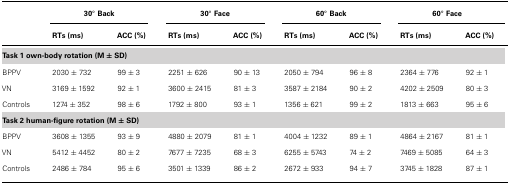
<table><thead><tr><td></td><td colspan="2"><b>30° Back</b></td><td colspan="2"><b>30° Face</b></td><td colspan="2"><b>60° Back</b></td><td colspan="2"><b>60° Face</b></td></tr><tr><td></td><td><b>RTs (ms)</b></td><td><b>ACC (%)</b></td><td><b>RTs (ms)</b></td><td><b>ACC (%)</b></td><td><b>RTs (ms)</b></td><td><b>ACC (%)</b></td><td><b>RTs (ms)</b></td><td><b>ACC (%)</b></td></tr></thead><tbody><tr><td><b>Task 1 own-body rotation (M ± SD)</b></td></tr><tr><td>BPPV</td><td>2030 ± 732</td><td>99 ± 3</td><td>2251 ± 626</td><td>90 ± 13</td><td>2050 ± 794</td><td>96 ± 8</td><td>2364 ± 776</td><td>92 ± 1</td></tr><tr><td>VN</td><td>3169 ± 1592</td><td>92 ± 1</td><td>3600 ± 2415</td><td>81 ± 3</td><td>3587 ± 2184</td><td>90 ± 2</td><td>4202 ± 2509</td><td>80 ± 3</td></tr><tr><td>Controls</td><td>1274 ± 352</td><td>98 ± 6</td><td>1792 ± 800</td><td>93 ± 1</td><td>1356 ± 621</td><td>99 ± 2</td><td>1813 ± 663</td><td>95 ± 6</td></tr><tr><td><b>Task 2 human-figure rotation (M ± SD)</b></td></tr><tr><td>BPPV</td><td>3608 ± 1355</td><td>93 ± 9</td><td>4880 ± 2079</td><td>81 ± 1</td><td>4004 ± 1232</td><td>89 ± 1</td><td>4864 ± 2167</td><td>81 ± 1</td></tr><tr><td>VN</td><td>5412 ± 4452</td><td>80 ± 2</td><td>7677 ± 7235</td><td>68 ± 3</td><td>6255 ± 5743</td><td>74 ± 2</td><td>7469 ± 5085</td><td>64 ± 3</td></tr><tr><td>Controls</td><td>2486 ± 784</td><td>95 ± 6</td><td>3501 ± 1339</td><td>86 ± 2</td><td>2672 ± 933</td><td>94 ± 7</td><td>3745 ± 1828</td><td>87 ± 1</td></tr></tbody></table>